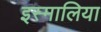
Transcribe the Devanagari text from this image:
इस्मालिया